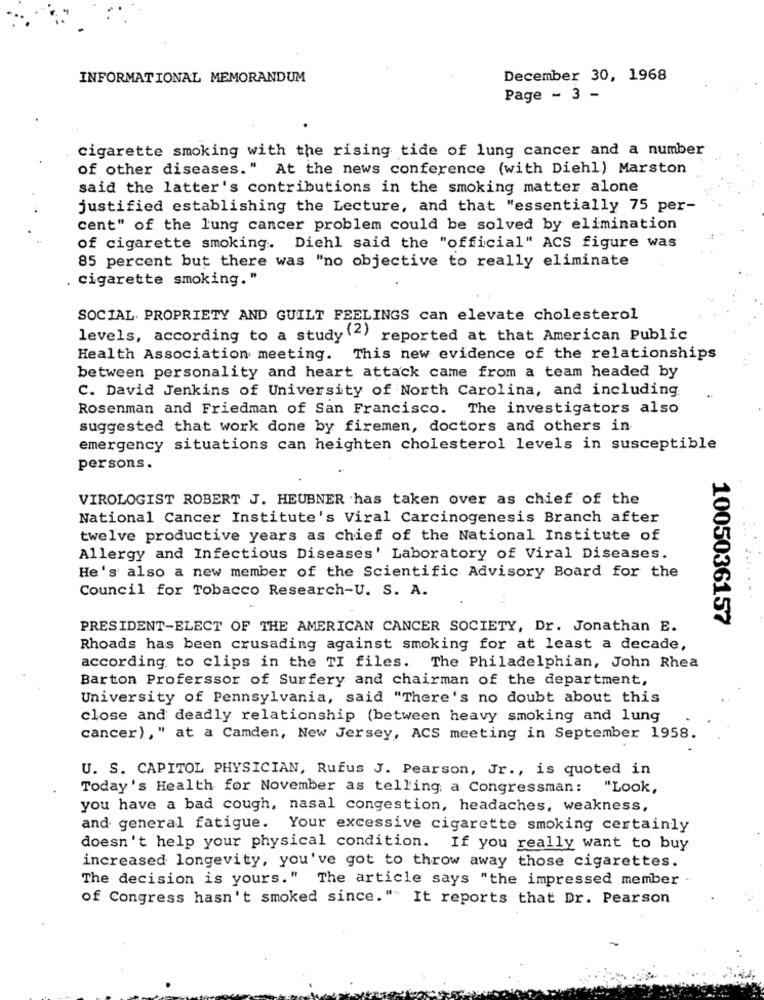
INFORMATIONAL MEMORANDUM
December 30, 1968
Page - 3 -
cigarette smoking with the rising tide of lung cancer and a number
of other diseases." At the news conference (with Diehl) Marston
said the latter's contributions in the smoking matter alone
justified establishing the Lecture, and that "essentially 75 per-
cent" of the lung cancer problem could be solved by elimination
of cigarette smoking .. Diehl said the "official" ACS figure was
85 percent but there was "no objective to really eliminate
. Cigarette smoking."
SOCIAL. PROPRIETY AND GUILT FEELINGS can elevate cholesterol
levels, according to a study ", reported at that American Public
Health Association meeting. This new evidence of the relationships
between personality and heart attack came from a team headed by
C. David Jenkins of University of North Carolina, and including
Rosenman and Friedman of San Francisco. The investigators also
suggested that work done by firemen, doctors and others in
emergency situations can heighten cholesterol levels in susceptible
persons.
VIROLOGIST ROBERT J. HEUBNER .has taken over as chief of the
National Cancer Institute's Viral Carcinogenesis Branch after
twelve productive years as chief of the National Institute of
Allergy and Infectious Diseases' Laboratory of Viral Diseases.
He's also a new member of the Scientific Advisory Board for the
Council for Tobacco Research-U. S. A.
1005036157
PRESIDENT-ELECT OF THE AMERICAN CANCER SOCIETY, Dr. Jonathan E.
Rhoads has been crusading against smoking for at least a decade,
according to clips in the TI files. The Philadelphian, John Rhea
Barton Proferssor of Surfery and chairman of the department,
University of Pennsylvania, said "There's no doubt about this
close and deadly relationship (between heavy smoking and lung
cancer)," at a Camden, New Jersey, ACS meeting in September 1958.
U. S. CAPITOL PHYSICIAN, Rufus J. Pearson, Jr ., is quoted in
Today's Health for November as telling a Congressman: "Look,
you have a bad cough, nasal congestion, headaches, weakness,
and general fatigue. Your excessive cigarette smoking certainly
doesn't help your physical condition. If you really want to buy
increased longevity, you've got to throw away those cigarettes.
The decision is yours." The article says "the impressed member -
of Congress hasn't smoked since." It reports that Dr. Pearson